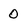
Character: 0